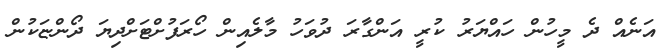
އަނެއް ދެ މީހުން ހައްޔަރު ކުރީ އަންގާރަ ދުވަހު މާލެއިން ހޯރަފުށްޓަށްދިޔަ ދޯންޏަކުން